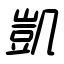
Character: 凱